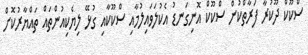
ސްކޫކް ދޫކުރާ ފަރާތްކުން ސްކޫކް އޮނިގަނޑު އެކުލަވައިލުމާއި ސްކޫކާއި ގުޅޭ ލިޔެކިއުންތައް ތައްޔާރުކޮށް